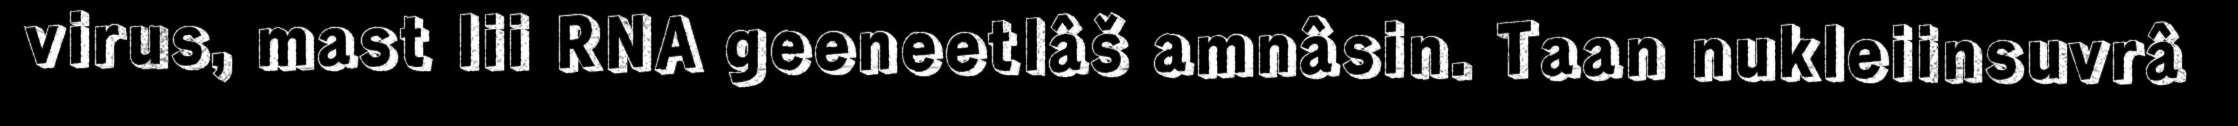
virus, mast lii RNA geeneetlâš amnâsin. Taan nukleiinsuvrâ